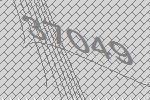
37049